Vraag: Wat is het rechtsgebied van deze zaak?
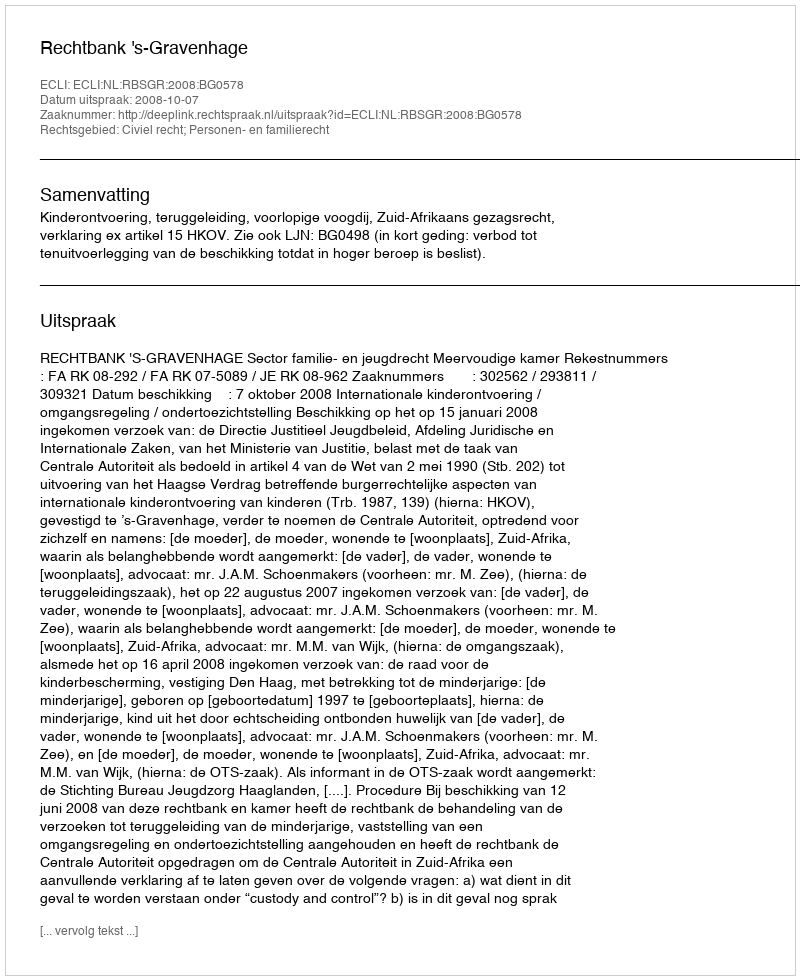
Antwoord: Civiel recht; Personen- en familierecht